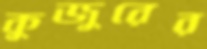
কুজুরের